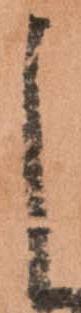
よ